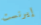
إيرنست